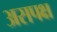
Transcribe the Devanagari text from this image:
असपक्ष